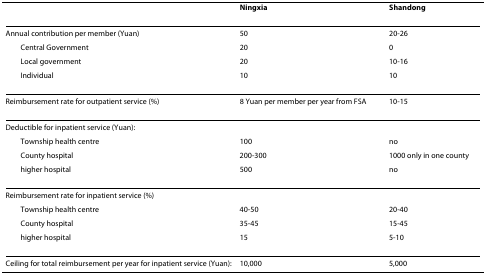
|  | Ningxia | Shandong |
 | --- | --- | --- |
 | Annual contribution per member (Yuan) | 50 | 20-26 |
 | Central Government | 20 | 0 |
 | Local government | 20 | 10-16 |
 | Individual | 10 | 10 |
 | Reimbursement rate for outpatient service (%) | 8 Yuan per member per year from FSA | 10-15 |
 | Deductible for inpatient service (Yuan): |  |  |
 | Township health centre | 100 | no |
 | County hospital | 200-300 | 1000 only in one county |
 | higher hospital | 500 | no |
 | Reimbursement rate for inpatient service (%) |  |  |
 | Township health centre | 40-50 | 20-40 |
 | County hospital | 35-45 | 15-45 |
 | higher hospital | 15 | 5-10 |
 | Ceiling for total reimbursement per year for inpatient service (Yuan): | 10,000 | 5,000 |